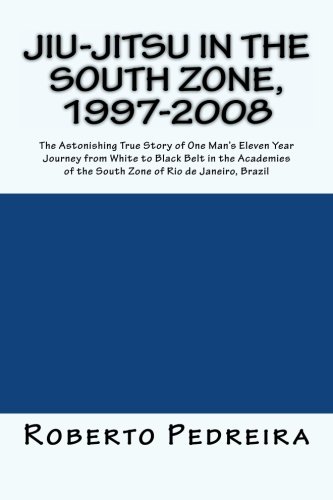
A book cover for Jiu-Jitsu in the South Zone, 1997-2008: The Astonishing True Story of One Man's Eleven Year Journey from White to Black Belt in the Academies of the ... (Brazilian Jiu-Jitsu in Brazil) (Volume 1); Roberto . Pedreira; Travel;